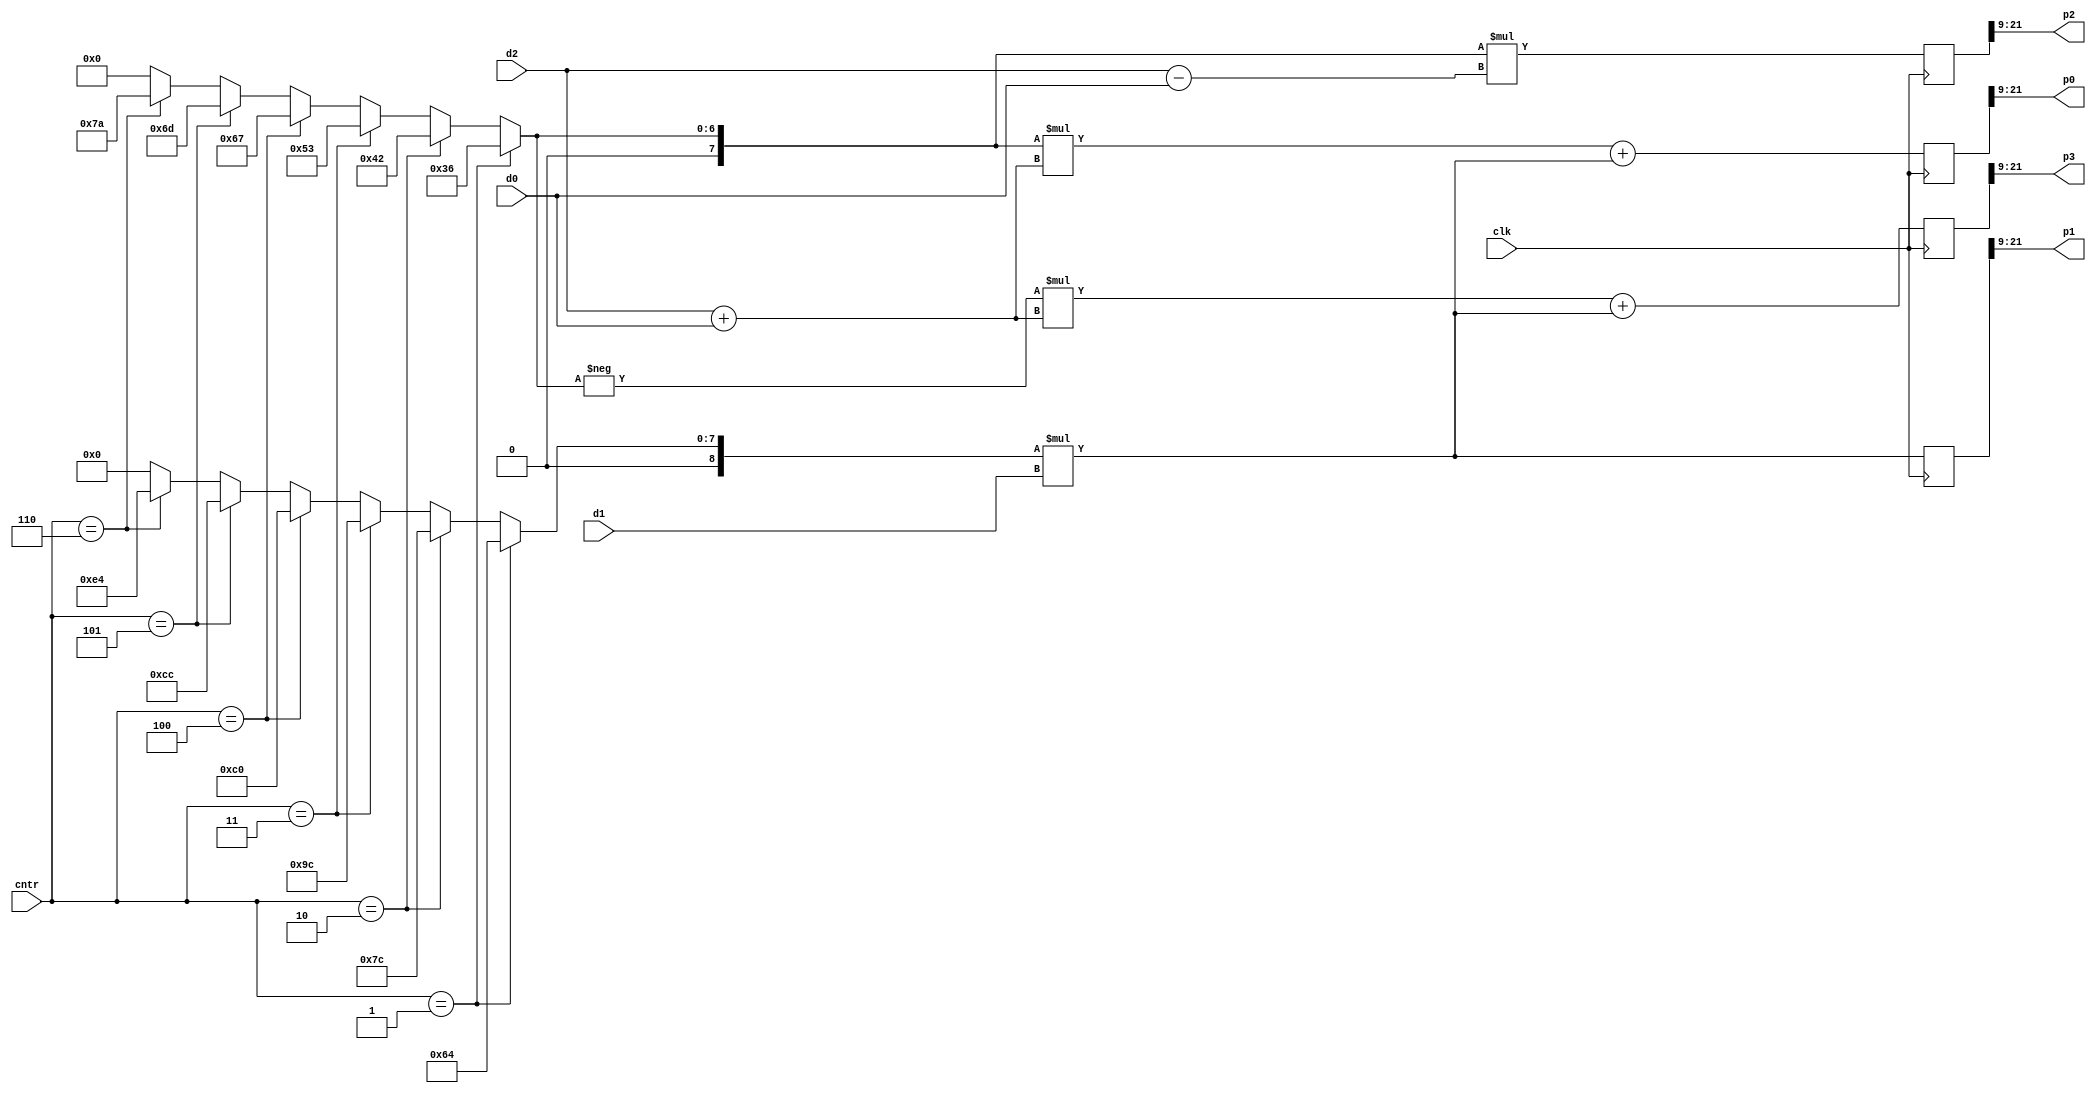
`timescale 1ns / 1ps


module input_module_clocked
	#(parameter pd = 4, parameter p = 9)(
    input wire signed [pd+p-1:0] d0, d1, d2, // pdQp
    input wire [2:0] cntr,
    input wire clk,
	output wire signed [4+p-1:0] p0, p1, p2, p3 // 8Qp
    );
    
    reg signed [pd+2*p-1:0] m0_r, m1_r, m2_r, m3_r; // pdQ(2*p)
    wire signed [p-1:0] f, g;
	wire signed [p-1:0] f_p, g_p;
	
    /*
	integer file;
	reg [7:0] log_cntr = 8'b0;
	initial begin
		file = $fopen("display_output_input_module.txt","w");
	end
	
	always @(posedge clk) begin
		$fwrite(file, "m0, %b\n", m0);
		$fwrite(file, "m1, %b\n", m1);
		$fwrite(file, "m2, %b\n", m2);
		$fwrite(file, "m3, %b\n", m3);
		$fwrite(file, "p0, %b\n", p0);
		$fwrite(file, "p1, %b\n", p1);
		$fwrite(file, "p2, %b\n", p2);
		$fwrite(file, "p3, %b\n", p3);
		$fwrite(file, "clk cycle %b done \n\n", log_cntr);
		log_cntr <= log_cntr + 1;
	end
	
	always @(log_cntr) begin
		$display("log_cntr: %b", log_cntr);
		if (log_cntr == 8'b00001100)
			$fclose(file);
			//log_cntr <= 8'b0;
	end
	*/

	assign f = (cntr == 3'b001) ? 9'b000110110: // 0.10563059
				(cntr == 3'b010) ? 9'b001000010: // 0.13078073
				(cntr == 3'b011) ? 9'b001010011: // 0.16347591
				(cntr == 3'b100) ? 9'b001100111: // 0.20120112
				(cntr == 3'b101) ? 9'b001101101: // 0.21377619
				(cntr == 3'b110) ? 9'b001111010: // 0.23892633
				{p{1'b0}};
				
	assign g = (cntr == 3'b001) ? 9'b001100100: // 0.1971771
				(cntr == 3'b010) ? 9'b001111100: // 0.24412403
				(cntr == 3'b011) ? 9'b010011100: // 0.30515504
				(cntr == 3'b100) ? 9'b011000000: // 0.37557543
				(cntr == 3'b101) ? 9'b011001100: // 0.39904889
				(cntr == 3'b110) ? 9'b011100100: // 0.44599582
				{p{1'b0}};

	
	assign g_p = g[p-1:p-p];
	assign f_p = f[p-1:p-p];
	
	always @(posedge clk) begin
		m0_r <= f_p * (d2 + d0) + g_p * d1;
		m1_r <= g_p * d1;
		m2_r <= f_p * (d2 - d0);
		m3_r <= - f_p * (d2 + d0) + g_p * d1;
	end
	
	assign p0 = m0_r[pd+2*p-1:p]; // out should be pdQp
	assign p1 = m1_r[pd+2*p-1:p];
	assign p2 = m2_r[pd+2*p-1:p];
	assign p3 = m3_r[pd+2*p-1:p];
    
endmodule